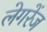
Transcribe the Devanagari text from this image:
लेगरेंज